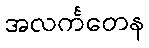
အလင်္ကတေန